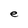
Character: e